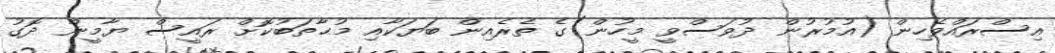
އިސްރައްވެހިން (އުމުރުން ދުވަސްވީ މީހުން)ގެ ތެރެއިން ބަޔަކާއި މުޙާތަބުކޮށް ރައީސް ޔާމީން ދޮގު